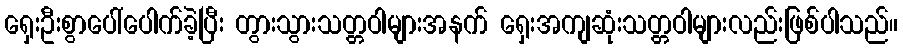
ရှေးဦးစွာပေါ်ပေါက်ခဲ့ပြီး တွားသွားသတ္တဝါများအနက် ရှေးအကျဆုံးသတ္တဝါများလည်းဖြစ်ပါသည်။